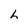
Character: h